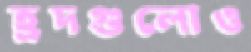
হ্রদগুলোও